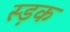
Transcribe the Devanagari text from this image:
स्ड़क